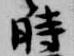
時